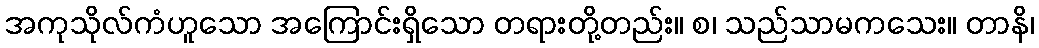
အကုသိုလ်ကံဟူသော အကြောင်းရှိသော တရားတို့တည်း။ စ၊ သည်သာမကသေး။ တာနိ၊